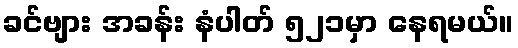
ခင်ဗျား အခန်း နံပါတ် ၅၂၁မှာ နေရမယ်။